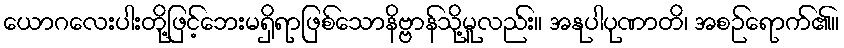
ယောဂလေးပါးတို့ဖြင့်ဘေးမရှိရာဖြစ်သောနိဗ္ဗာန်သို့မူလည်း။ အနုပါပုဏာတိ၊ အစဉ်ရောက်၏။